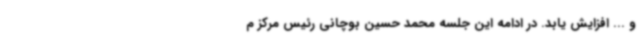
و ... افزایش یابد. در ادامه این جلسه محمد حسین بوچانی رئیس مرکز م